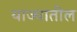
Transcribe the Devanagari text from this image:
याज्यातील